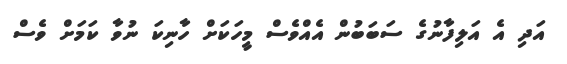
އަދި އެ އަލިފާނުގެ ސަބަބުން އެއްވެސް މީހަކަށް ހާނިކަ ނުވާ ކަމަށް ވެސް